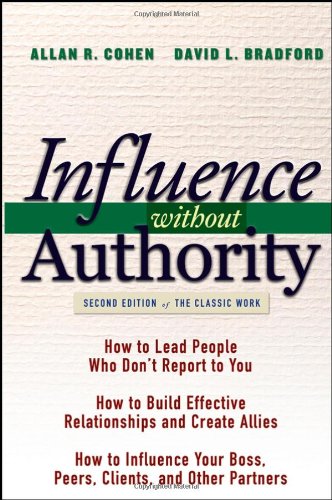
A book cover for Influence Without Authority (2nd Edition); Allan R. Cohen; Business & Money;